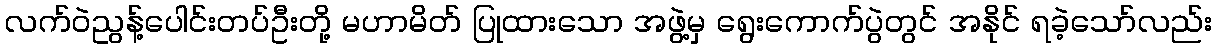
လက်ဝဲညွန့်ပေါင်းတပ်ဦးတို့ မဟာမိတ် ပြုထားသော အဖွဲ့မှ ရွေးကောက်ပွဲတွင် အနိုင် ရခဲ့သော်လည်း